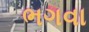
ભગવા